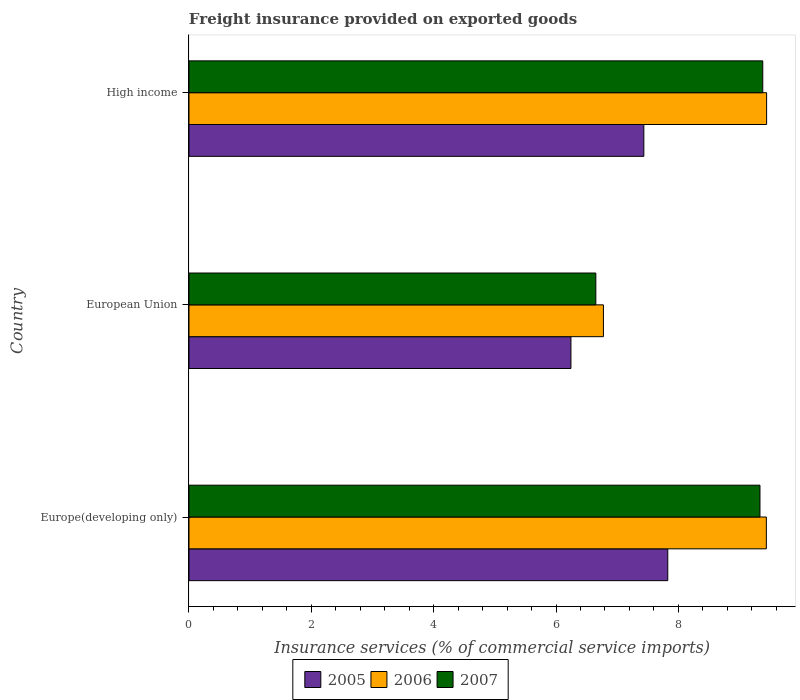
| Country | 2005 | 2006 | 2007 |
 | --- | --- | --- | --- |
 | Europe(developing only) | 7.83 | 9.44 | 9.33 |
 | European Union | 6.24 | 6.77 | 6.65 |
 | High income | 7.43 | 9.44 | 9.38 |